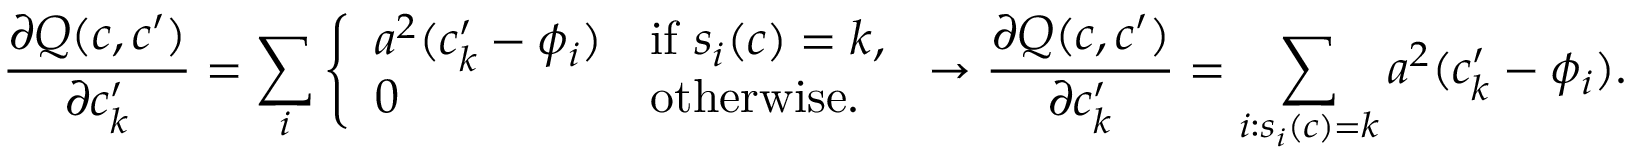
\frac { \partial Q ( c , c ^ { \prime } ) } { \partial c _ { k } ^ { \prime } } = \sum _ { i } \left\{ \begin{array} { l l } { a ^ { 2 } ( c _ { k } ^ { \prime } - \phi _ { i } ) } & { \mathrm { i f ~ } s _ { i } ( c ) = k , } \\ { 0 } & { \mathrm { o t h e r w i s e . } } \end{array} \right. \rightarrow \frac { \partial Q ( c , c ^ { \prime } ) } { \partial c _ { k } ^ { \prime } } = \sum _ { i : s _ { i } ( c ) = k } a ^ { 2 } ( c _ { k } ^ { \prime } - \phi _ { i } ) .